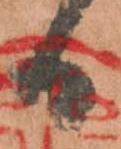
日